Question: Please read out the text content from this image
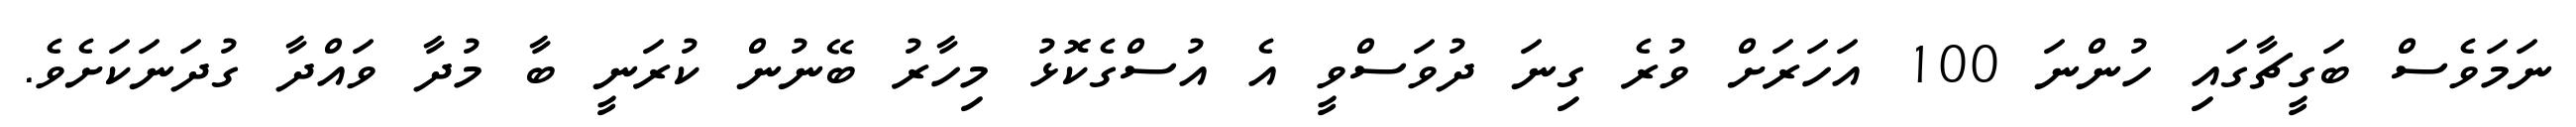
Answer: ނަމަވެސް ބަގީޗާގައި ހުންނަ 100 އަހަރަށް ވުރެ ގިނަ ދުވަސްވީ އެ އުސްގެކޮޅު މިހާރު ބޭނުން ކުރަނީ ބާ މުދާ ވައްދާ ގުދަނަކަށެވެ.